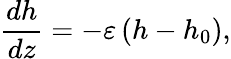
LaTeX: \frac{dh}{dz}=-\varepsilon\left(h-h_{0}\right),